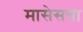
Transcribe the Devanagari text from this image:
मासेसचा